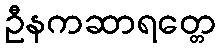
ဦနကဆာရတ္တေ